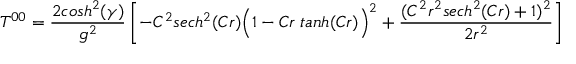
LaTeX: T ^ { 0 0 } = { \frac { 2 c o s h ^ { 2 } ( \gamma ) } { g ^ { 2 } } } \left[ - C ^ { 2 } s e c h ^ { 2 } ( C r ) \Big ( 1 - C r \; t a n h ( C r ) \Big ) ^ { 2 } + { \frac { ( C ^ { 2 } r ^ { 2 } s e c h ^ { 2 } ( C r ) + 1 ) ^ { 2 } } { 2 r ^ { 2 } } } \right]